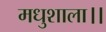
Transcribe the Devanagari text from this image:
मधुशाला।।